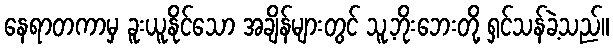
နေရာတကာမှ ခူးယူနိုင်သော အချိန်များတွင် သူ့ဘိုးဘေးတို့ ရှင်သန်ခဲ့သည်။